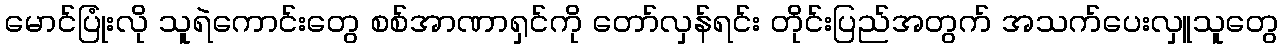
မောင်ပြုံးလို သူရဲကောင်းတွေ စစ်အာဏာရှင်ကို တော်လှန်ရင်း တိုင်းပြည်အတွက် အသက်ပေးလှူသူတွေ